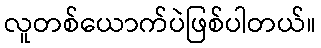
လူတစ်ယောက်ပဲဖြစ်ပါတယ်။